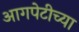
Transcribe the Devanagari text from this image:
आगपेटीच्या